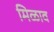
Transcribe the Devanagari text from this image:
मिळाव